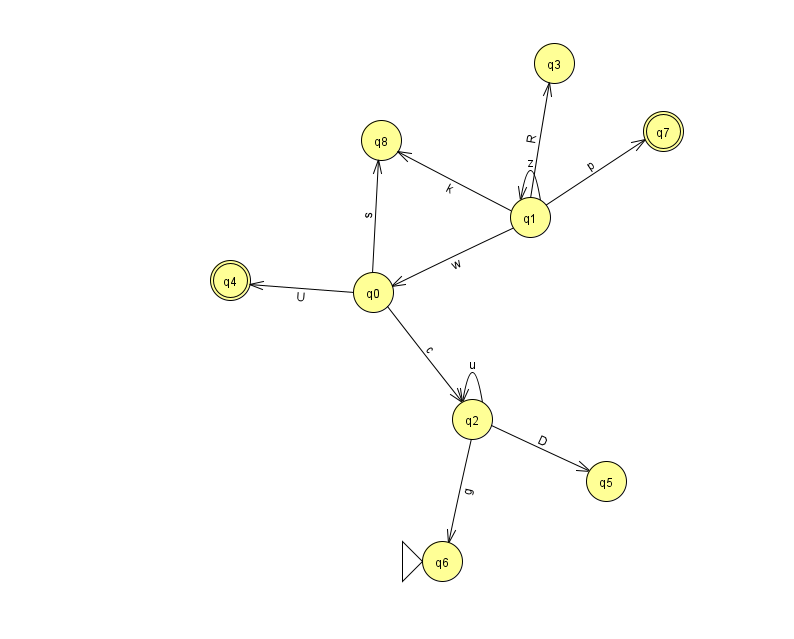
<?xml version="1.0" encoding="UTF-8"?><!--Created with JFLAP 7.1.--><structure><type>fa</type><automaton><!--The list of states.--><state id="0" name="q0"><x>373.0</x><y>279.0</y></state><state id="1" name="q1"><x>530.0</x><y>204.0</y></state><state id="2" name="q2"><x>472.0</x><y>406.0</y></state><state id="3" name="q3"><x>554.0</x><y>50.0</y></state><state id="4" name="q4"><x>230.0</x><y>267.0</y><final/></state><state id="5" name="q5"><x>606.0</x><y>468.0</y></state><state id="6" name="q6"><x>442.0</x><y>548.0</y><initial/></state><state id="7" name="q7"><x>663.0</x><y>118.0</y><final/></state><state id="8" name="q8"><x>381.0</x><y>127.0</y></state><!--The list of transitions.--><transition><from>1</from><to>8</to><read>k</read></transition><transition><from>1</from><to>3</to><read>R</read></transition><transition><from>2</from><to>6</to><read>g</read></transition><transition><from>0</from><to>8</to><read>s</read></transition><transition><from>0</from><to>2</to><read>c</read></transition><transition><from>2</from><to>2</to><read>u</read></transition><transition><from>1</from><to>7</to><read>p</read></transition><transition><from>1</from><to>0</to><read>w</read></transition><transition><from>1</from><to>1</to><read>z</read></transition><transition><from>0</from><to>4</to><read>U</read></transition><transition><from>2</from><to>5</to><read>D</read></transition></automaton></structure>